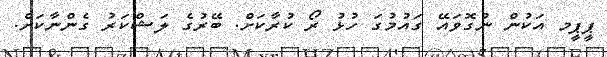
ޕީޕީމ އަކުން ނުގޮވައޭ ގައުމުގަ ހުޅު ރޯ ކުރާކަށް. ބޭރުގެ ލަޝްކަރު ގެންނާކަށް.